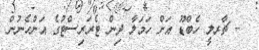
- ޗާރލީ ހެބްޑޫ އަށް ހަމަލާ ދިން ޓެރަރިސްޓުގެ އަންހެނުން